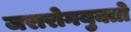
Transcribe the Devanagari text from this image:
जरारोगयुक्तो